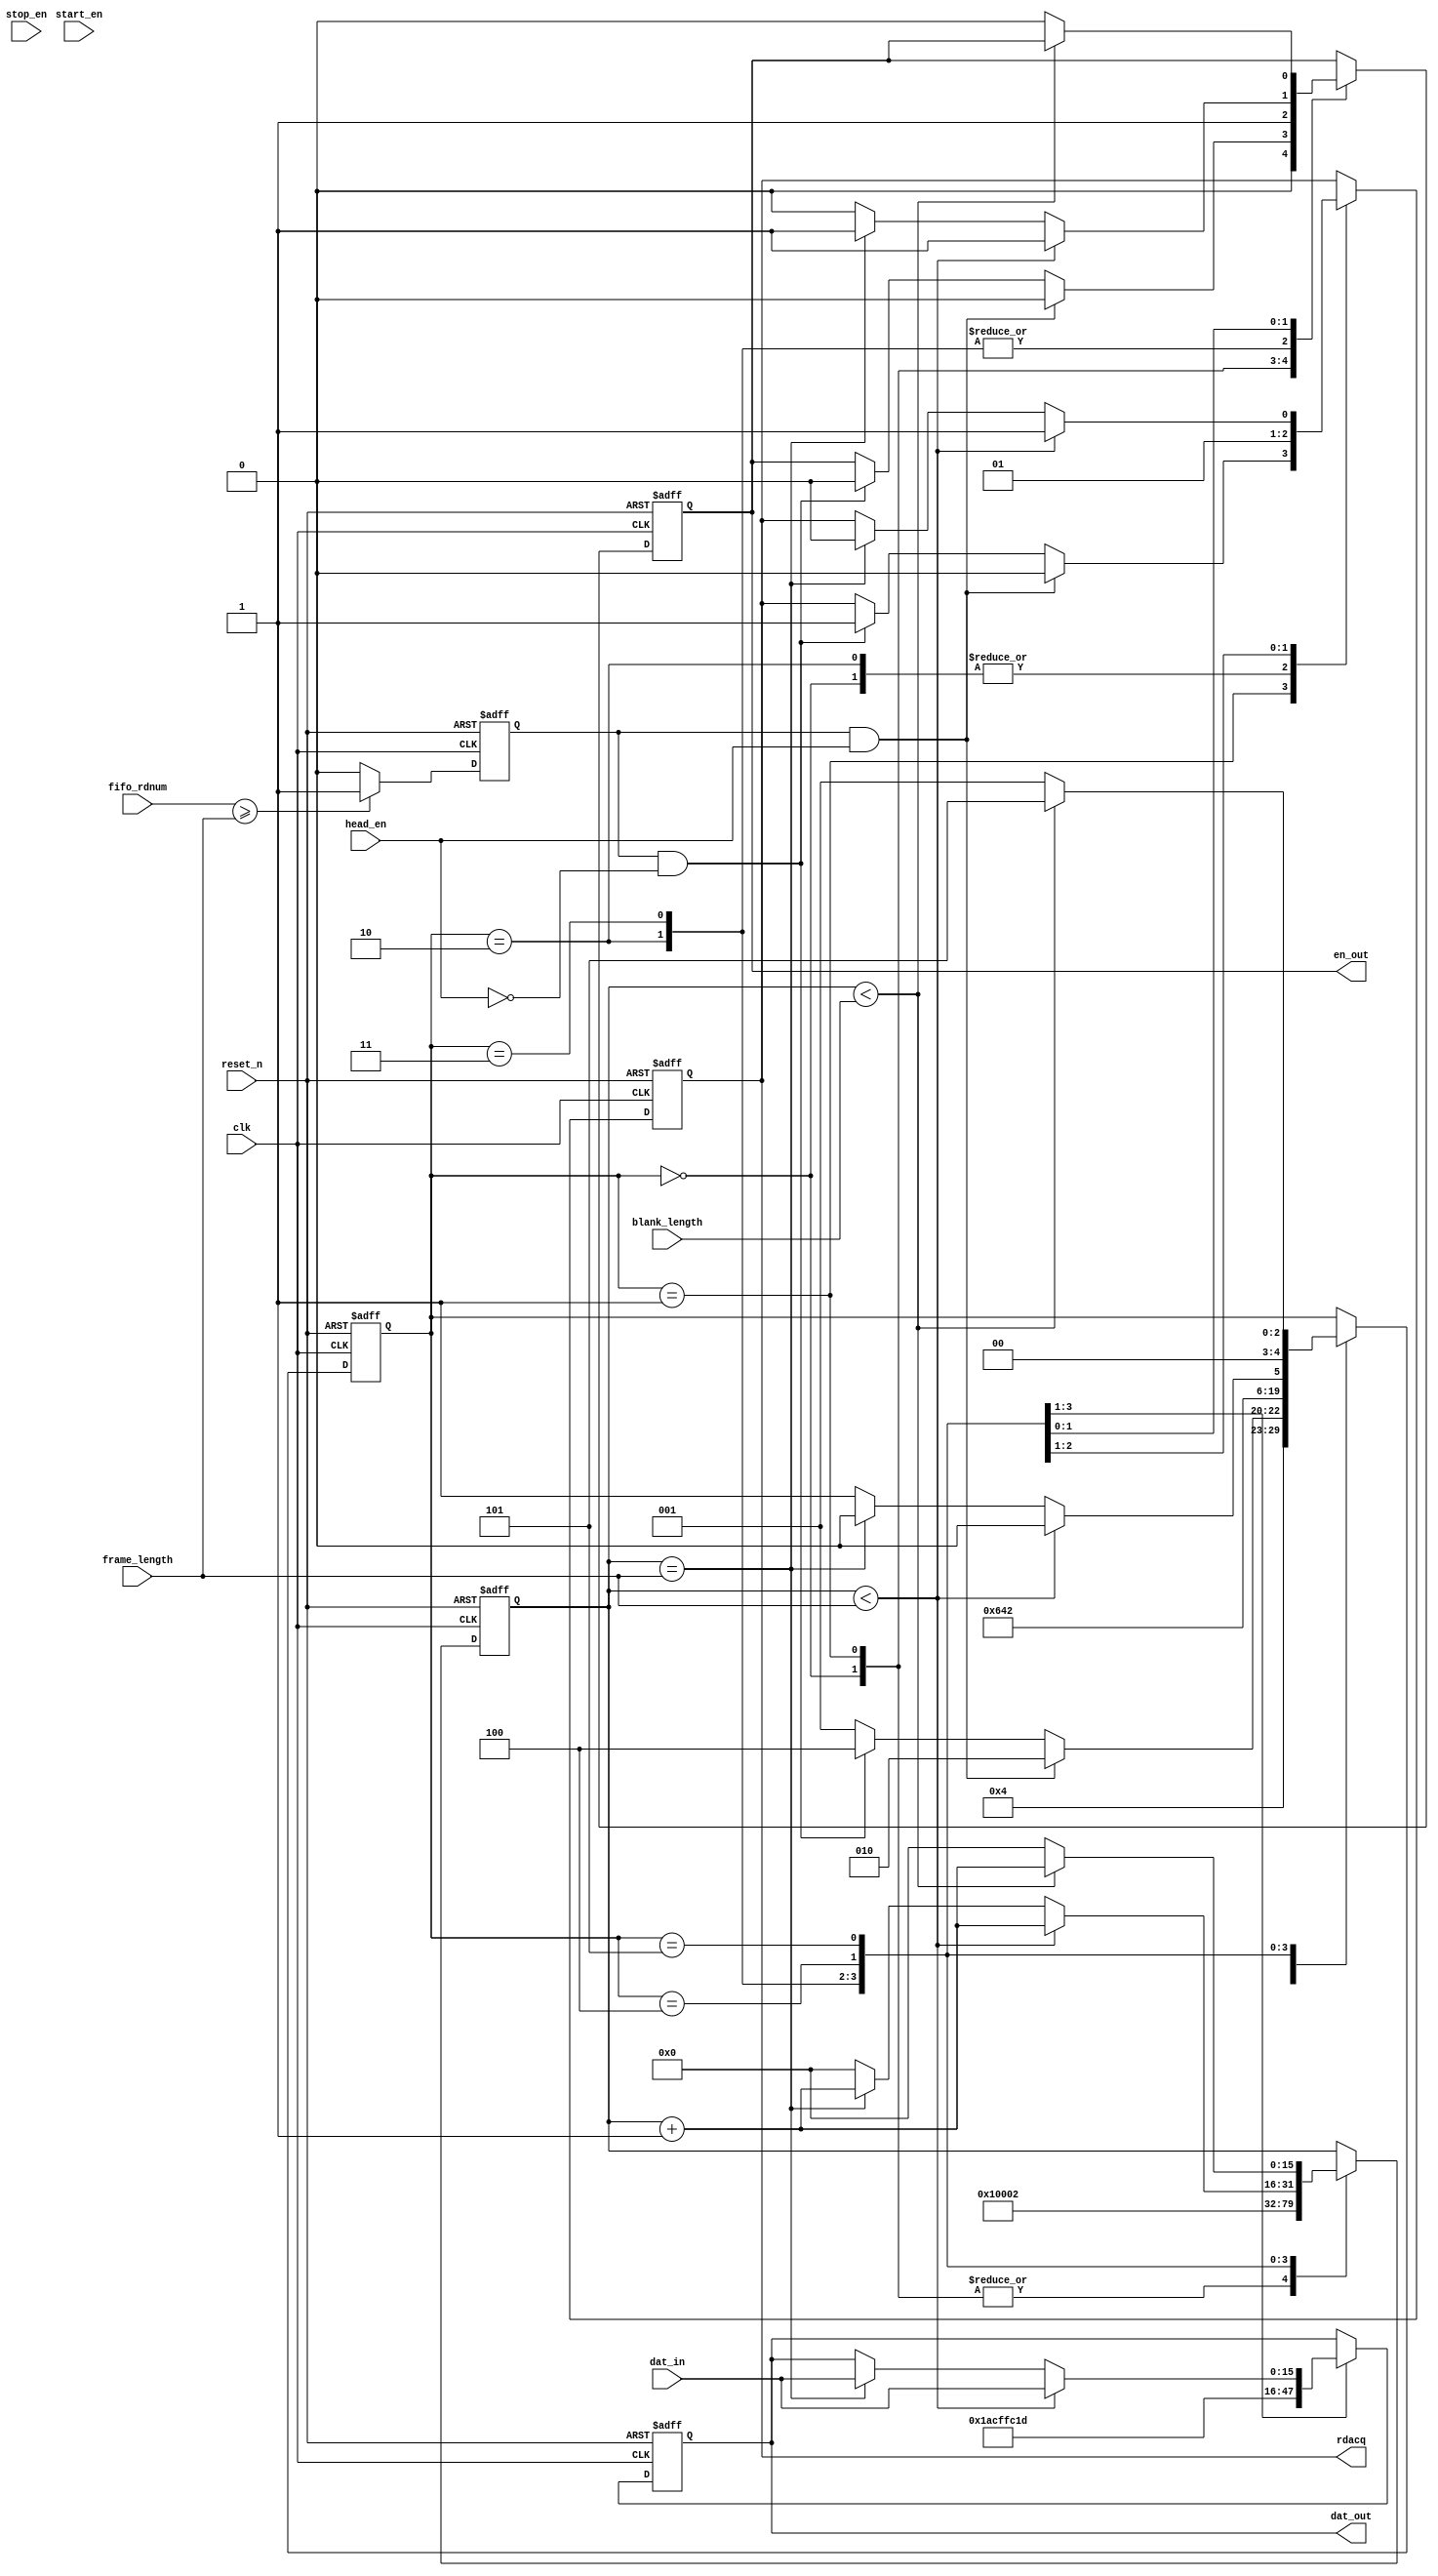
module FrameOutCon(	
					input clk,
					input reset_n,
					
					input start_en,
					input stop_en,
					input head_en,
					
					input [15 : 0] frame_length,
					input [15 : 0] blank_length,
					
					input [12 : 0] fifo_rdnum,
					
					input [15 : 0] dat_in,
					
					output reg rdacq,
					
					output reg en_out,
					output reg [15 : 0] dat_out
	);
	
	reg start_reg0;
	reg start_reg1;
	reg stop_reg0;
	reg stop_reg1;
	
	always @ (posedge clk)
	begin
		start_reg0 <= start_en;
		start_reg1 <= start_reg0;
		stop_reg0 <= stop_en;
		stop_reg1 <= stop_reg0;
	end 
	
	reg fifo_available;
	always @ (posedge clk or negedge reset_n)
	begin
		if(!reset_n)
			fifo_available <= 1'b0;
		else if(fifo_rdnum>=frame_length)
			fifo_available <= 1'b1;
		else
			fifo_available <= 1'b0;
	end 

	
	reg [15 : 0] count;
	reg [4 : 0] state;
	
	parameter [5 : 0] idle			= 5'd0;
	parameter [5 : 0] judge_start	= 5'd1;
	parameter [5 : 0] send_head0 	= 5'd2;
	parameter [5 : 0] send_head1	= 5'd3;
	parameter [5 : 0] send_dat 		= 5'd4;
	parameter [5 : 0] send_blank 	= 5'd5;
	
	always @ (posedge clk or negedge reset_n)
	begin
		if (!reset_n)
		begin
			state <= idle;
			count <= 16'd0;
			rdacq <= 1'b0;
			en_out <= 1'b0;
			dat_out <= 16'd0;
		end 
		else
		begin
			case (state)
				idle:
				begin
					state <= judge_start;
					count <= 16'd0;
					rdacq <= 1'b0;
					en_out <= 1'b0;
				end
				judge_start:
				begin
					if(fifo_available&&head_en)
					begin
						state <= send_head0;
						count <= 16'd0;
						rdacq <= 1'b0;
						en_out <= 1'b0;
					end
					else if(fifo_available&&!head_en)
					begin
						state <= send_dat;
						count <= 16'd0;
						rdacq <= 1'b1;
						en_out <= 1'b0;
					end 
					else
					begin
						state <= judge_start;
						count <= 16'd0;
					end 
					
				end
				send_head0:
				begin
					count <= 16'd1;
					state <= send_head1;
					rdacq <= 1'b0;
					en_out <= 1'b1;
					dat_out <= 16'h1acf;
				end
				send_head1:
				begin
					count <= 16'd2;
					state <= send_dat;
					rdacq <= 1'b1;
					en_out <= 1'b1;
					dat_out <= 16'hfc1d;
				end
				send_dat:
				begin
					if(count < frame_length)
					begin
						count <= count + 1'b1;
						state <= send_dat;
						rdacq <= 1'b1;
						en_out <= 1'b1;
						dat_out <= dat_in;
					end 
					else if(count == frame_length)
					begin
						count <= count + 1'b1;
						state <= send_dat;
						rdacq <= 1'b0;
						en_out <= 1'b1;
						dat_out <= dat_in;
					end 
					else
					begin
						state <= send_blank;
						count <= 16'd0;
						en_out <= 1'b0;
					end 
				end
				send_blank:
				begin
					if(count < blank_length)
					begin
						count <= count + 1'b1;
						state <= send_blank;
					end 
					else
					begin
						state <= judge_start;
						count <= 16'd0;
						en_out <= 1'b0;
					end
				end
				default:;
			endcase
		end 
	end 
	
endmodule